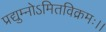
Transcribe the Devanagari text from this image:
प्रद्युम्नोऽमितविक्रमः।।